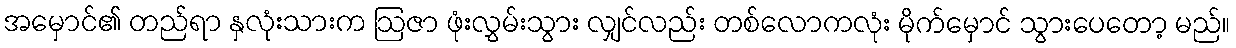
အမှောင်၏ တည်ရာ နှလုံးသားက ဩဇာ ဖုံးလွှမ်းသွား လျှင်လည်း တစ်လောကလုံး မိုက်မှောင် သွားပေတော့ မည်။